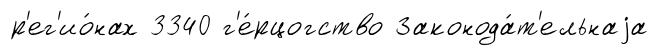
р'ег'ио́нах 3340 г'е́рцогство Законода́т'ельнаjа